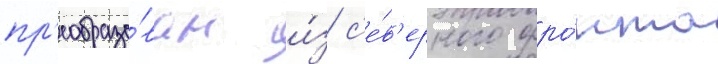
пр'еобразо́ван и́з с'е́в'ерного фро́нта